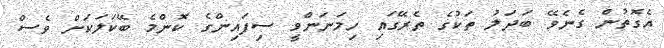
އެގޮތުން ގެނެވޭ ބަދަލު ތަކުގެ ތެރޭގައި ހިމަނަންވީ ސިފައިންގެ ކޮންމެ ބޭކަލަކަށް ވެސް